Jaan_Tonisson_(Lasteleht), lk 488
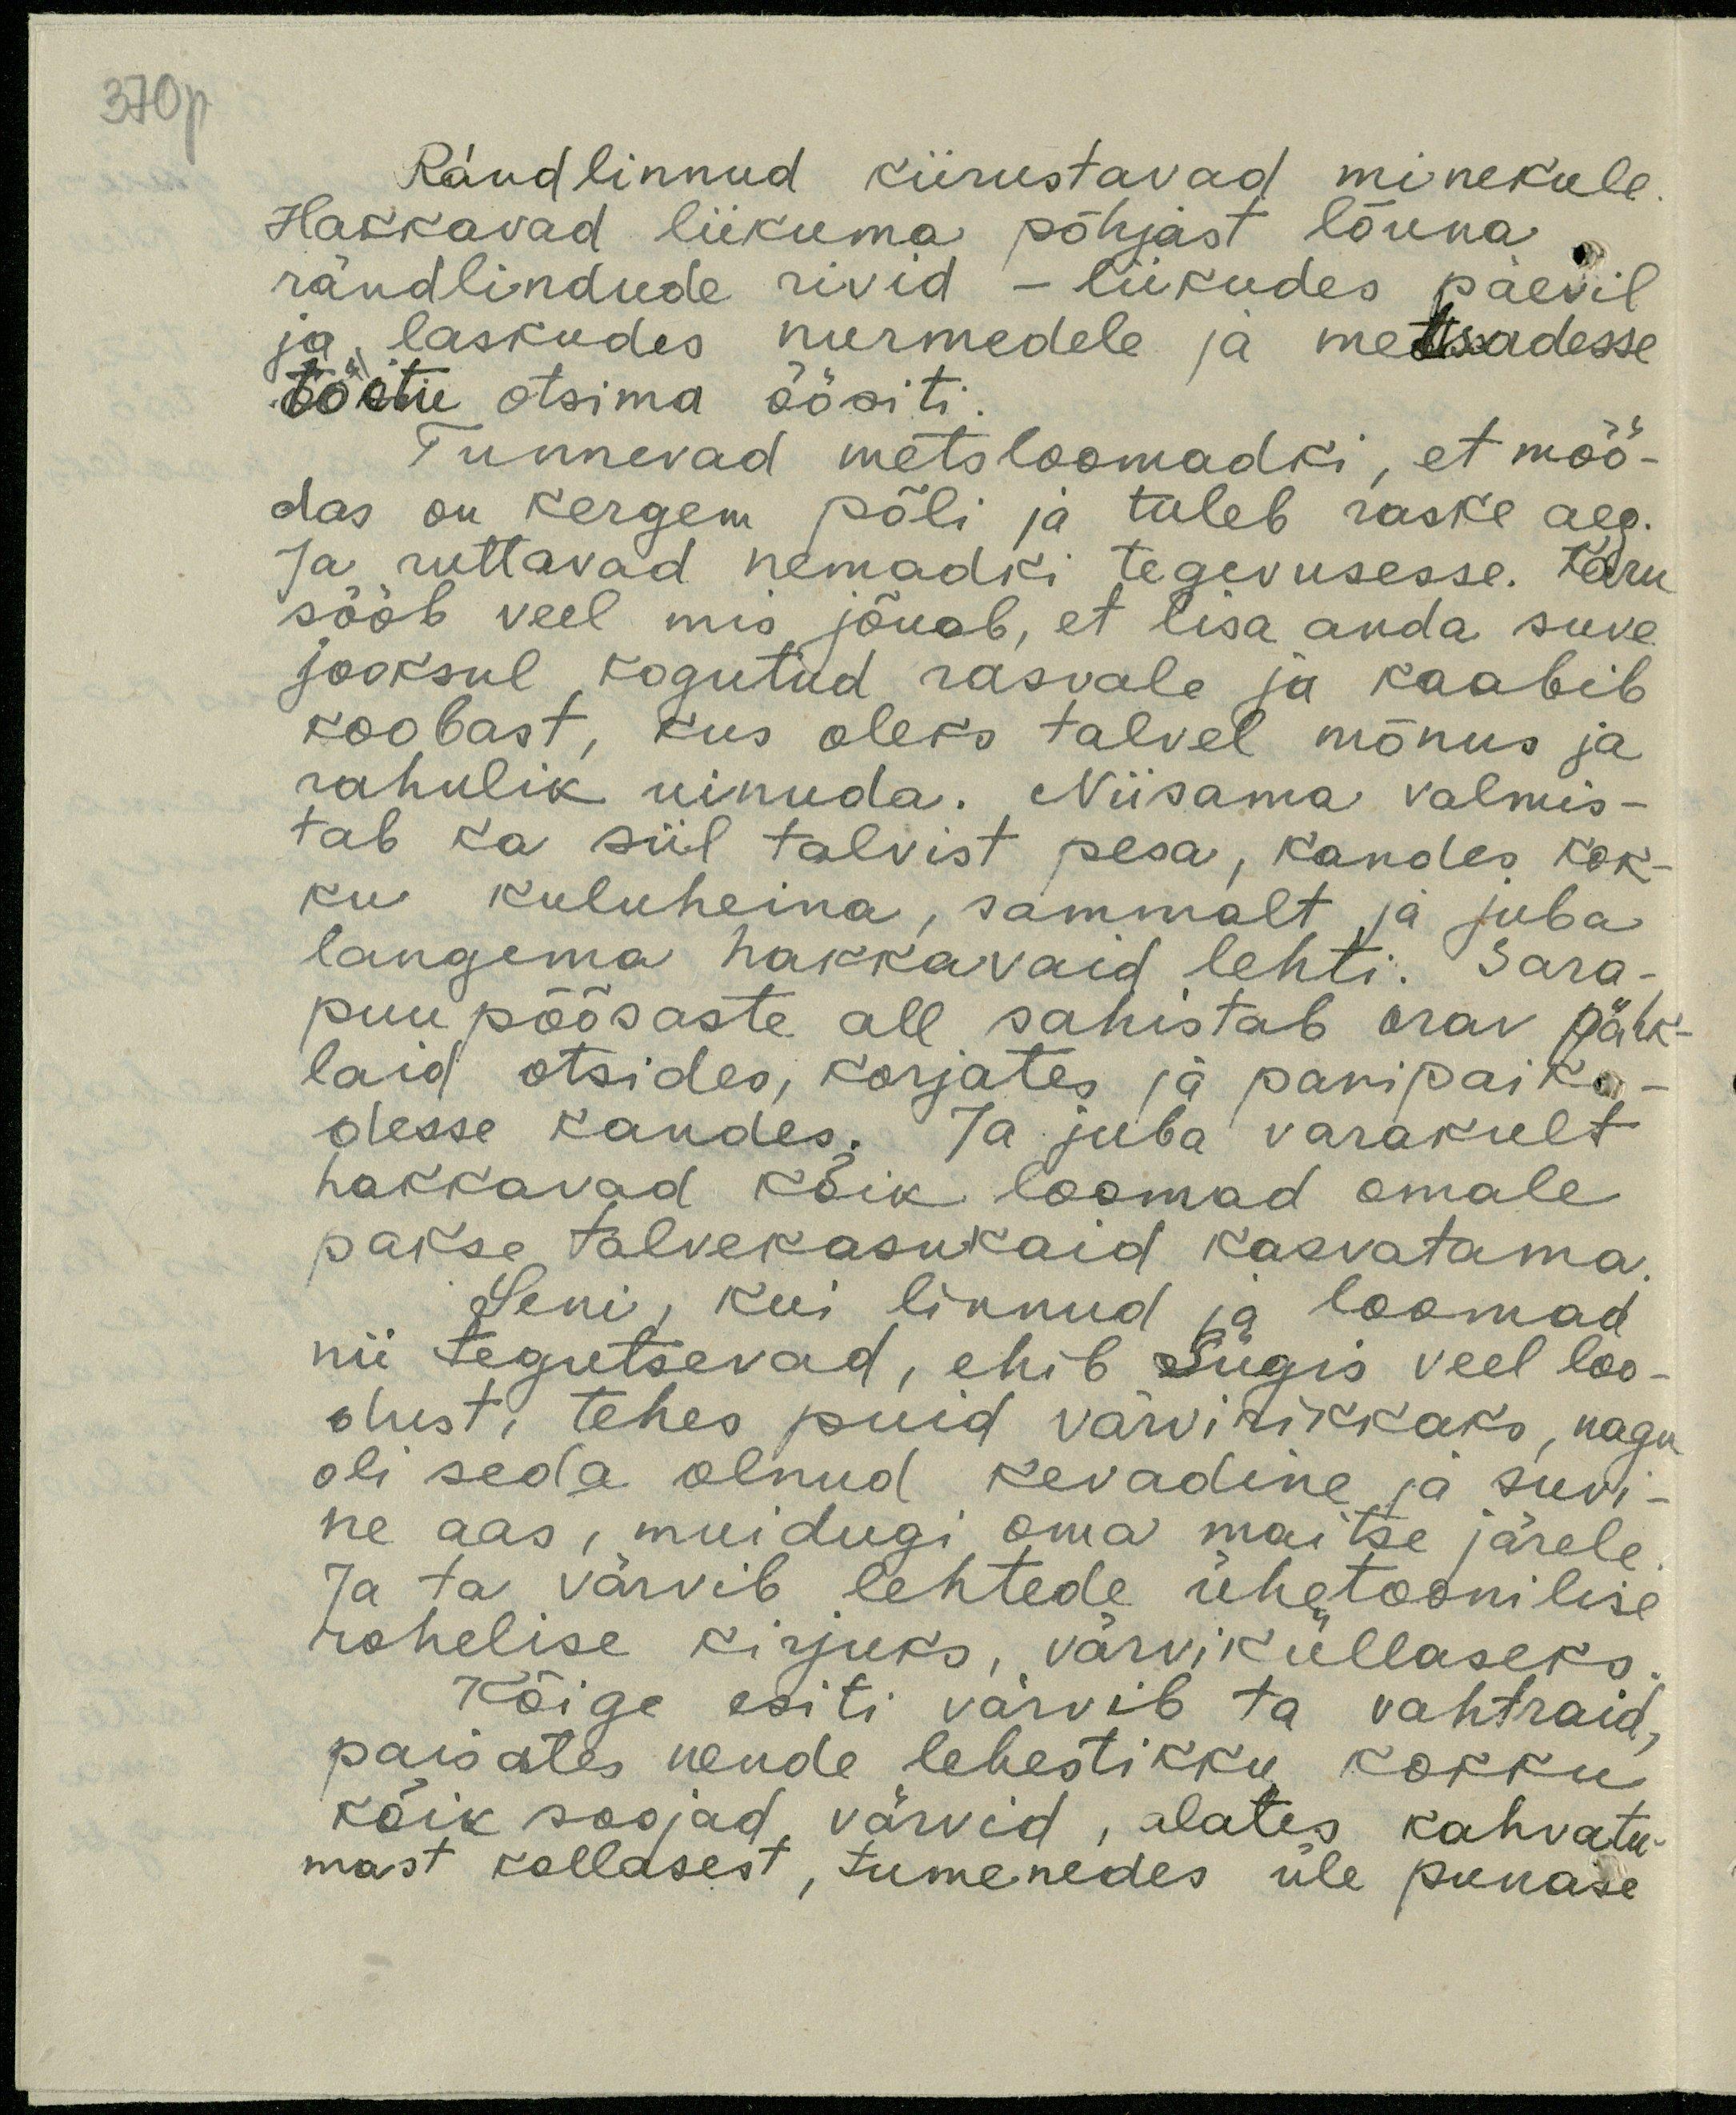
370p

Rändlinnud kiirustavad minekule.
Hakkavad liikuma põhjast lõuna
rändlindude rivid - liikudes päevil
ja, laskudes nurmedele ja metsadesse
toitu otsima öösiti.
Tunnevad metsloomadki, et möö-
das on kergem põli ja tuleb raske aeg.
Ja ruttavad nemadki tegevusesse. Karu
sööb veel mis jõuab, et lisa anda suve
jooksul kogutud rasvale ja kaabib
koobast, kus oleks talvel mõnus ja
rahulik uinuda. Niisama valmis-
tab ka siil talvist pesa, kandes kok-
ku kuluheina, sammalt ja juba
langema hakkavaid lehti. Sara-
puu põõsaste all sahistab orav pähk-
laid otsides, korjates ja panipaika-
desse kandes. Ja juba varakult
hakkavad kõik loomad omale
pakse talvekasukaid kasvatama.
Seni, kui linnud ja loomad
nii tegutsevad, ehib Sügis veel loo-
dust; tehes puid värvirikkaks, nagu
oli seda olnud kevadine ja suvi-
ne aas, muidugi oma maitse järele
Ja ta värvib lehtede ühetoonilise
rohelise kirjuks, värviküllaseks
Kõige esiti värvib ta vahtraid.
paisates nende lehestikku kokku
kõik soojad värvid, alates kahvatu-
mast kollasest, tumenedes üle punase-